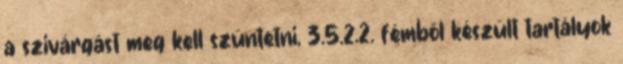
a szivárgást meg kell szüntetni, 3.5.2.2. fémbõl készült tartályok